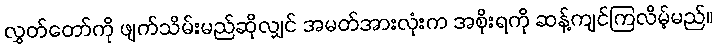
လွှတ်တော်ကို ဖျက်သိမ်းမည်ဆိုလျှင် အမတ်အားလုံးက အစိုးရကို ဆန့်ကျင်ကြလိမ့်မည်။